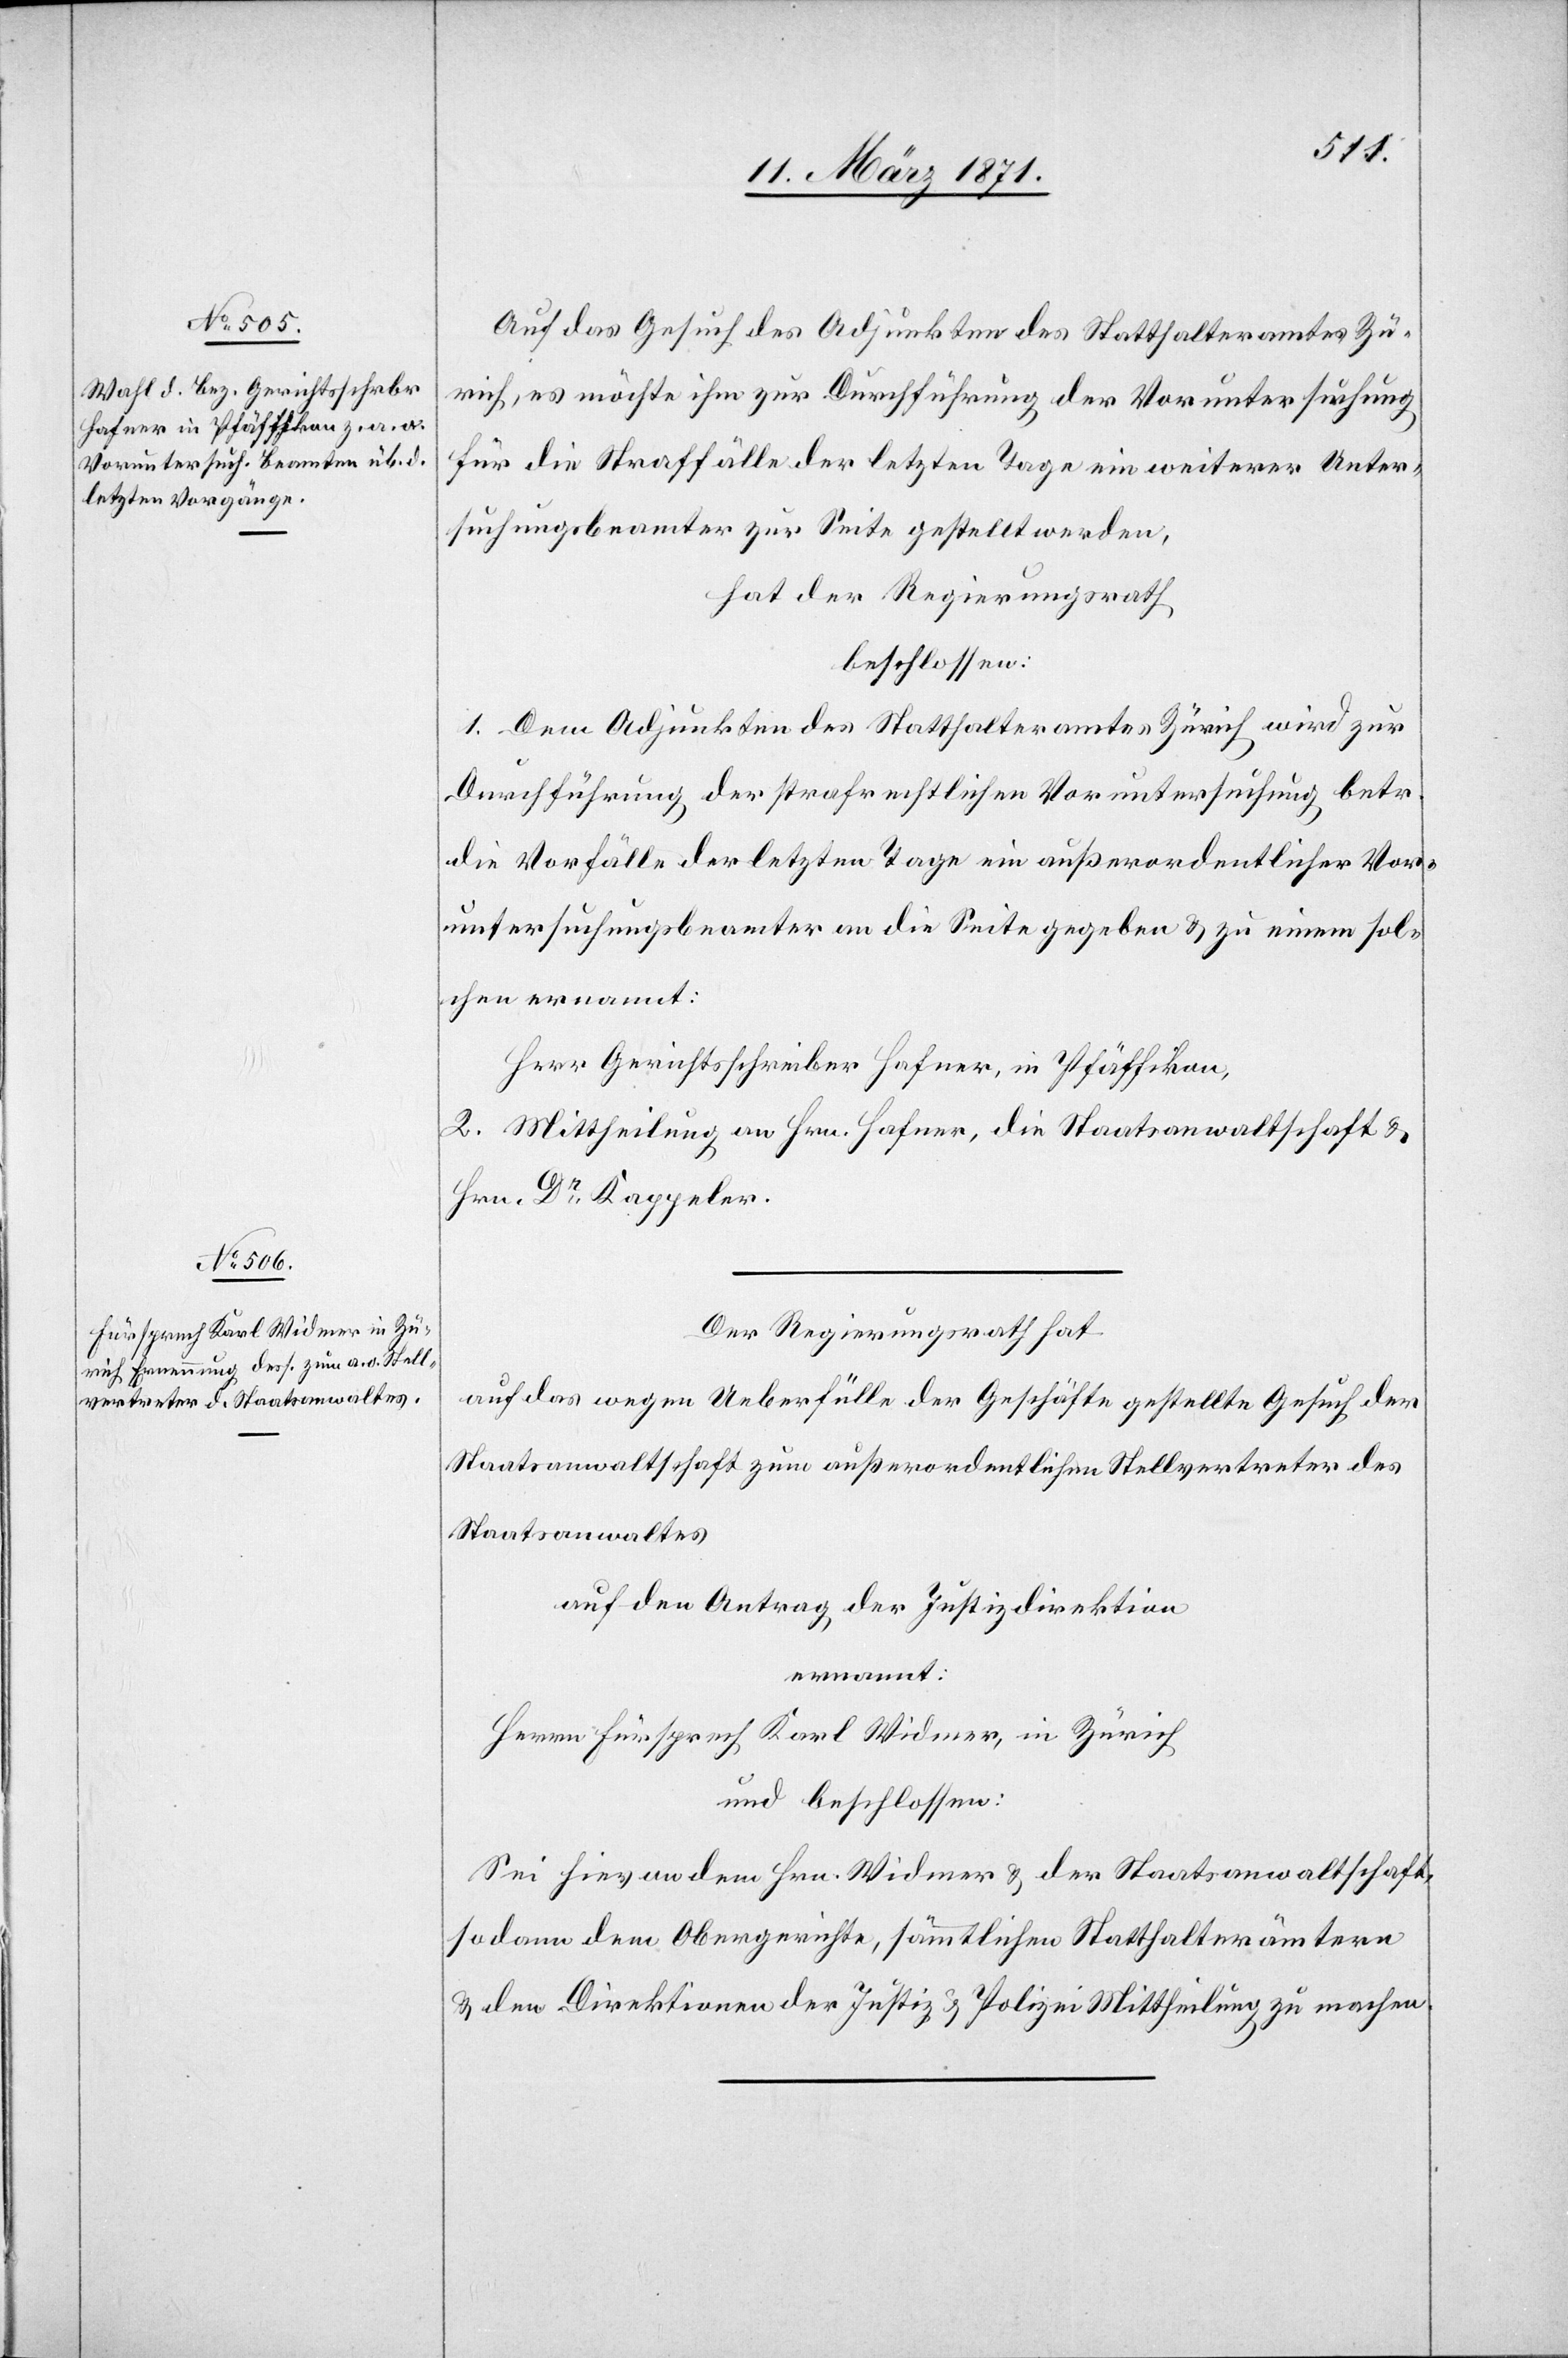
Auf das Gesuch des Adjunkten des Statthalteramt Zü¬
rich, es möchte ihm zur Durchführung der Voruntersuchung
für die Straffälle der letzten Tage ein weiterer Unter¬
suchungsbeamter zur Seite gestellt werden,
hat der Regierungsrath
beschlossen:
1. Dem Adjunkten des Statthalteramtes Zürich wird zur
Durchführung der strafrechtlichen Voruntersuchung betr.
die Vorfälle der letzten Tage ein außerordentlicher Vor¬
untersuchungsbeamter an die Seite gegeben u. zu einem sol¬
chen ernannt:
Herr Gerichtsschreiber Hafner, in Pfäffikon,
2. Mittheilung an Hrn. Hafner, die Staatsanwaltschaft u.
Hrn. Dr. Kappeler.
Der Regierungsrath hat
auf das wegen Ueberfälle der Geschäfte gestellte Gesuch der
Staatsanwaltschaft zum außerordentlichen Stellvertreter des
Staatsanwaltes
auf den Antrag der Justizdirektion
ernannt:
Herrn Fürsprech Karl Widmer, in Zürich
und beschlossen:
Sei hievon dem Hrn. Widmer u. der Staatsanwaltschaft,
sodann dem Obergerichte, sämmtlichen Statthalterämtern
u. den Direktionen der Justiz u. Polizei Mittheilung zu machen.